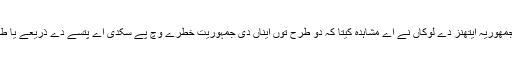
پرانی یونان دی جمھوریہ ایتھنز دے لوکاں نے اے مشاہدہ کیتا کہ دو طرح توں ایناں دی جمہوریت خطرے وچ پے سکدی اے پتسے دے ذریعے یا طاقت دے ذریعے۔